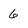
Character: 6